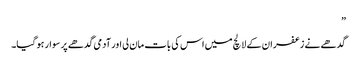
”
گدھے نے زعفران کے لالچ میں اس کی بات مان لی اور آدمی گدھے پر سوار ہو گیا۔